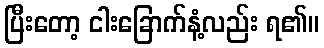
ပြီးတော့ ငါးခြောက်နံ့လည်း ရ၏။